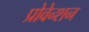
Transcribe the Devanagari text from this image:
प्रोवेन्शन